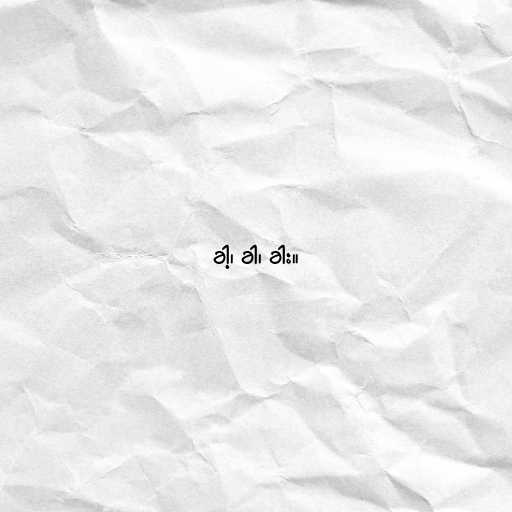
ခါ့၊ ခါ၊ ခါး။